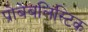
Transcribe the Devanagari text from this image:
प्रोबेबलिस्टिक